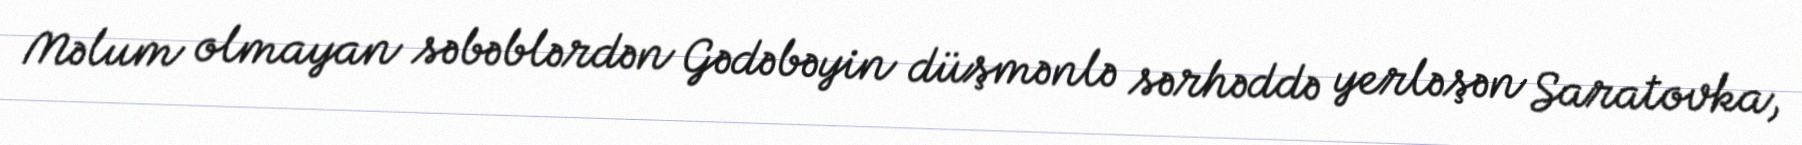
Məlum olmayan səbəblərdən Gədəbəyin düşmənlə sərhəddə yerləşən Saratovka,